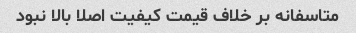
متاسفانه بر خلاف قیمت کیفیت اصلا بالا نبود